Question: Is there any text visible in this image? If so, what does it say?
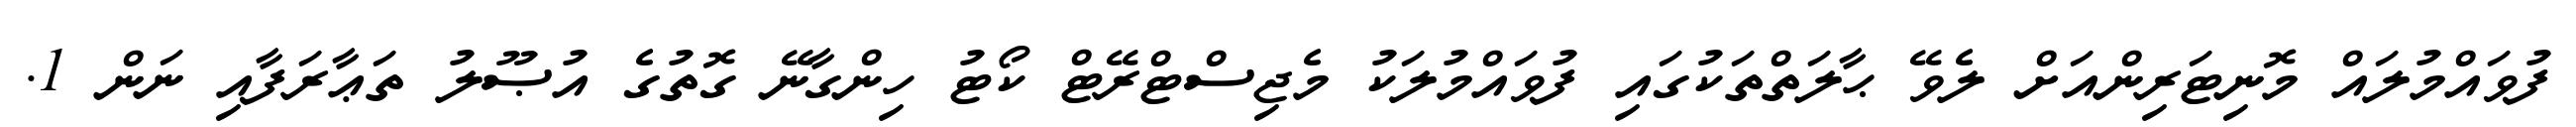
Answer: ފުވައްމުލައް މޮނިޓަރިންއަށް ލެވޭ ޙާލަތްތަކުގައި ފުވައްމުލަކު މެޖިސްޓްރޭޓް ކޯޓު ހިންގާނޭ ގޮތުގެ އުޞޫލު ތަޢާރަފާއި ނަން 1.